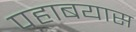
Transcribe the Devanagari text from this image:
पहाबयास